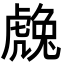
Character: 䖘